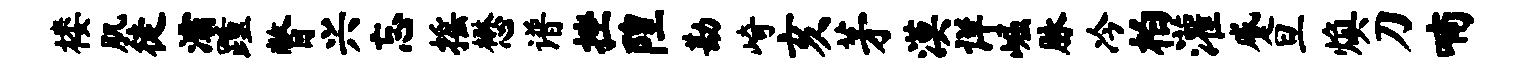
楼肌徒灞踵瞥兴忘摇懋谱挫隍勘崎亥茅漠详崛脉冷柏灌蹙旦焕刀喃